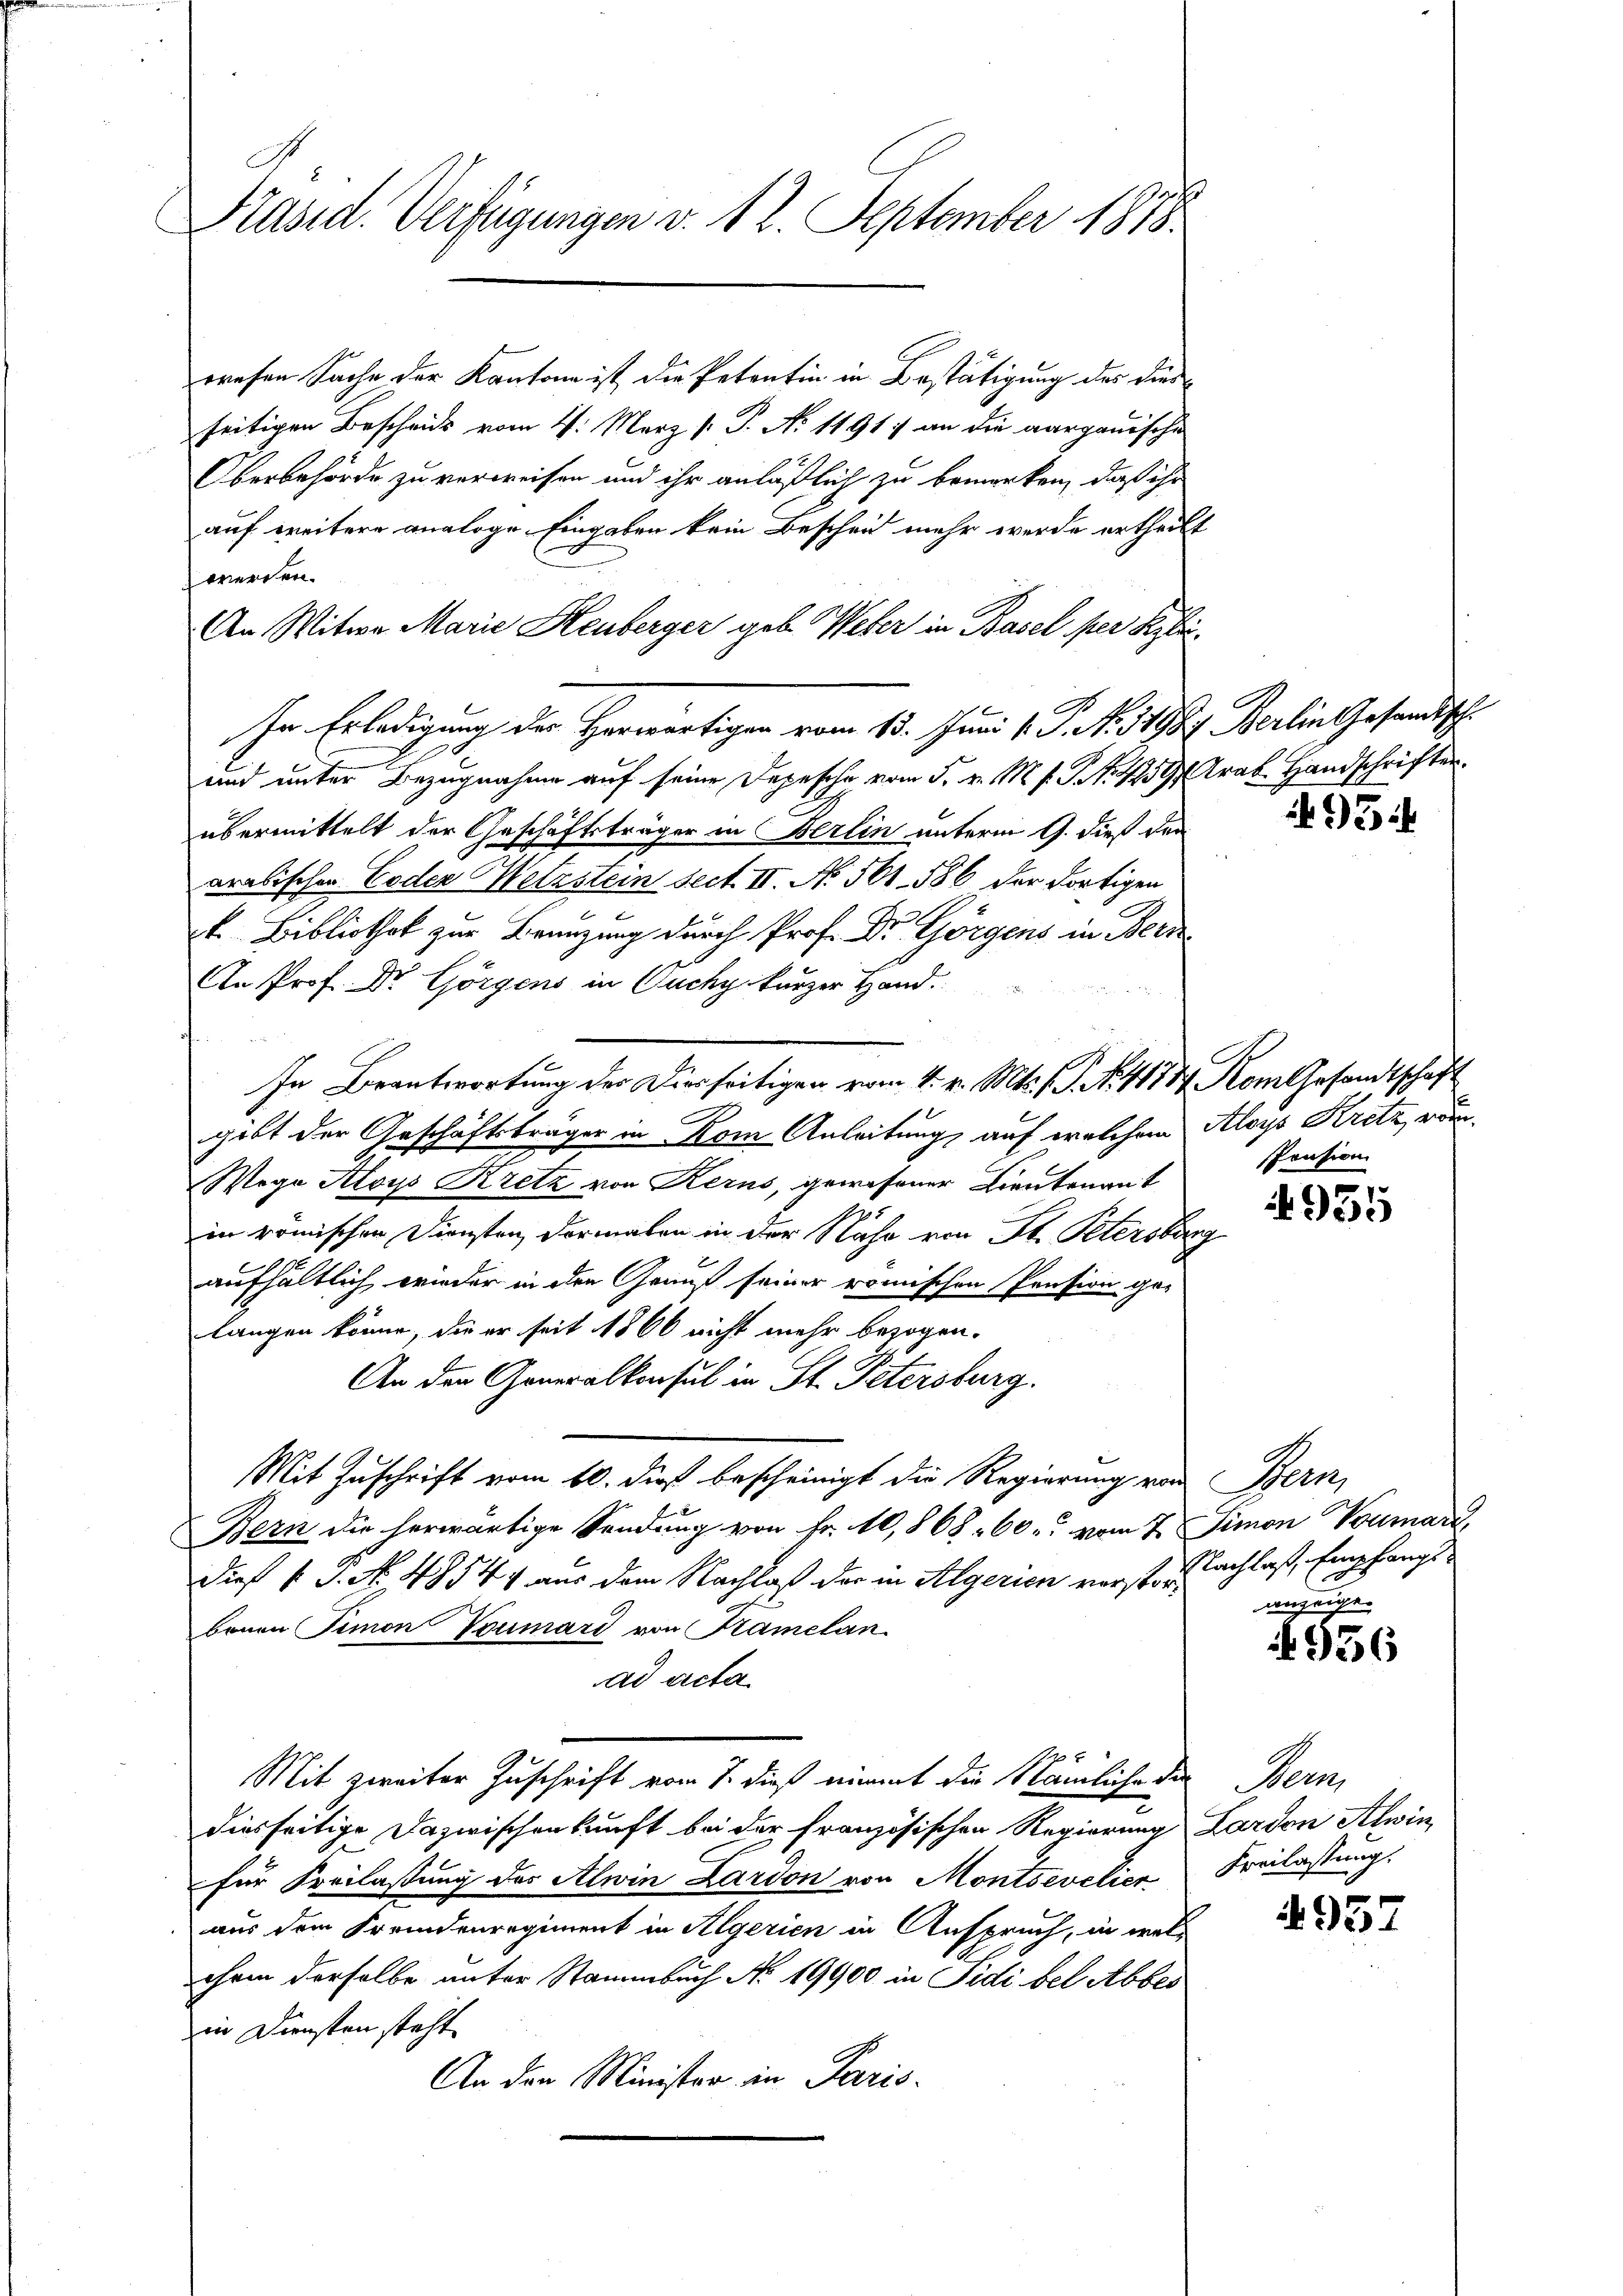
Präsid. Verfügungen v. 12. September 1878.

rrefen Sache der Kantone ist die Petentin in Bestätigung des dies
seitigen Bescheids vom 4. März [ P. No 1191) an die aargauische
Oberbehörde zu verweisen und ihr anläßlich zu bemerken, daß ihr
auf weitere analoge Eingaben kein Bescheid mehr werde ertheilt
werden.
An Witwe Marie Heuberger geb. Weber in Basel per Beybri
In Erledigung der Herwärtigen vom 13. Juni v. J. A. 3798. Berlin Gesandtsch¬
und unter Bezugnahme auf seine Depesche vom 5. v. M. h. T. N. 1259) Trab. Handschriften
übermittelt der Geschäftsträger in Berlin unterm 9. dieß der
arabischen Coden Wetzstein sect. II. No. 561. 586 der dortigen
k. Bibliothek zur Beenzung durch Prof. Dr Görgens in Bern
An Prof. Dr Görgens in Ouchy kurzer Hand.
In Beantwortung der Diesseitigen vom 4. v. Mts. s. S. N. 11784. Kom Gesandtschaft
gibt der Geschäftsträger in Rom Anleitung auf welchem Aloys Kretz, vom
Wege Aloys Kretz von Kerns, gewesener Lieutenant
in römischen Diensten dormalen in der Nähe von St. Petersburg
aufhältlich wieder in den Genuß seiner römischen Pension ge-
langen könne, die er seit 1860 nicht mehr bezogen.
An den Generalkonsul in St. Petersburg.
Mit Zuschrift vom 10. dieß bescheinigt die Regierung von Bern,
Bern die herwärtige Sendung von Fr. 10,868. 60. vom 7. Simon Voumar,
Dieß s. S. No. 48544 aus dem Nachlaß der in Algerien vorst nachlaß, Empfangsbenen Simon Voumárd von Kamelan
ad acta
Mit zweiter Zuschrift vom 7. dieß nimmt die Nämliche der Bern,
diesseitige Dazwischenkunft bei der französischen Regierung Lardon Ahwin
für Freilassung des Alwin Lardon von Montrevelier Freilassung
aus dem Fremdenregiment in Algerien in Anspruch, in welihren derselbe unter Stammbuch No. 19900 in Fidi bel Abbes
in Diensten steht
An den Minister in Paris

54

spension

4935

anzeigen

4956

4937